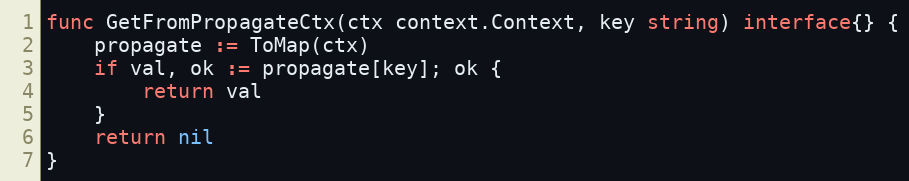
Language: Go
func GetFromPropagateCtx(ctx context.Context, key string) interface{} {
	propagate := ToMap(ctx)
	if val, ok := propagate[key]; ok {
		return val
	}
	return nil
}